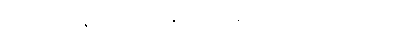
ရေအယဉ်နှင့်ပြည့်စုံကုန်သော။ နာနာဒုမဂဏာကိဏ္ဏာ၊